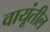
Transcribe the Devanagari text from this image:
वायूंतील